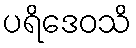
ပရိဒေဝသိ